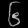
Digit: ၆